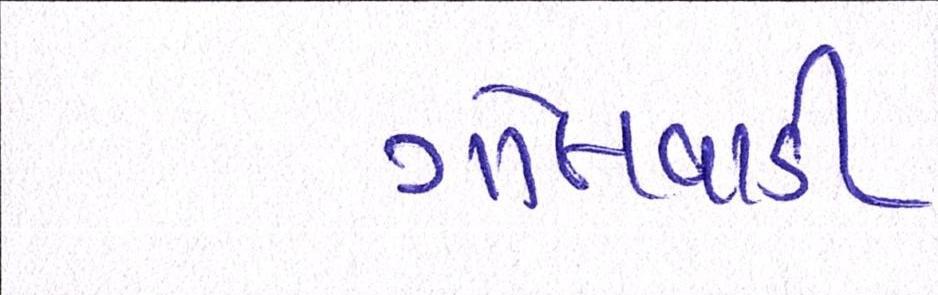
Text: ગોલવાડી